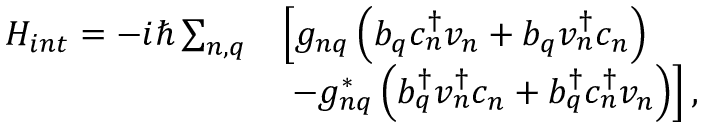
\begin{array} { r l } { H _ { i n t } = - i \hbar \sum _ { n , q } } & { \left[ g _ { n q } \left( b _ { q } c _ { n } ^ { \dagger } v _ { n } + b _ { q } v _ { n } ^ { \dagger } c _ { n } \right) \right. } \\ & { \left. \, - g _ { n q } ^ { * } \left( b _ { q } ^ { \dagger } v _ { n } ^ { \dagger } c _ { n } + b _ { q } ^ { \dagger } c _ { n } ^ { \dagger } v _ { n } \right) \right] , } \end{array}